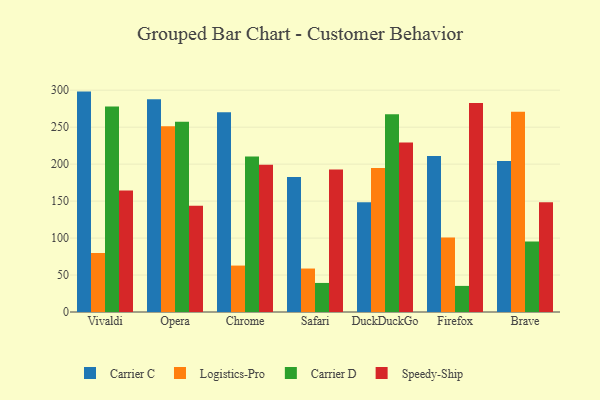
{"axis": {"x": "Browser", "y": "Revenue (USD Million)"}, "legend": ["Carrier C", "Carrier D", "Logistics-Pro", "Speedy-Ship"], "data": [{"x": "Vivaldi", "y": 298.1, "type": "Carrier C"}, {"x": "Vivaldi", "y": 79.8, "type": "Logistics-Pro"}, {"x": "Vivaldi", "y": 277.9, "type": "Carrier D"}, {"x": "Vivaldi", "y": 164.4, "type": "Speedy-Ship"}, {"x": "Opera", "y": 287.6, "type": "Carrier C"}, {"x": "Opera", "y": 251.3, "type": "Logistics-Pro"}, {"x": "Opera", "y": 257.4, "type": "Carrier D"}, {"x": "Opera", "y": 143.7, "type": "Speedy-Ship"}, {"x": "Chrome", "y": 270.2, "type": "Carrier C"}, {"x": "Chrome", "y": 62.8, "type": "Logistics-Pro"}, {"x": "Chrome", "y": 210.3, "type": "Carrier D"}, {"x": "Chrome", "y": 199.3, "type": "Speedy-Ship"}, {"x": "Safari", "y": 182.7, "type": "Carrier C"}, {"x": "Safari", "y": 58.8, "type": "Logistics-Pro"}, {"x": "Safari", "y": 39.3, "type": "Carrier D"}, {"x": "Safari", "y": 192.6, "type": "Speedy-Ship"}, {"x": "DuckDuckGo", "y": 148.4, "type": "Carrier C"}, {"x": "DuckDuckGo", "y": 194.6, "type": "Logistics-Pro"}, {"x": "DuckDuckGo", "y": 267.5, "type": "Carrier D"}, {"x": "DuckDuckGo", "y": 229.4, "type": "Speedy-Ship"}, {"x": "Firefox", "y": 210.9, "type": "Carrier C"}, {"x": "Firefox", "y": 100.9, "type": "Logistics-Pro"}, {"x": "Firefox", "y": 35.3, "type": "Carrier D"}, {"x": "Firefox", "y": 282.7, "type": "Speedy-Ship"}, {"x": "Brave", "y": 204.1, "type": "Carrier C"}, {"x": "Brave", "y": 270.8, "type": "Logistics-Pro"}, {"x": "Brave", "y": 95.4, "type": "Carrier D"}, {"x": "Brave", "y": 148.4, "type": "Speedy-Ship"}]}